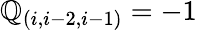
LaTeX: {\cal\mathbb{Q}}_{(i,i-2,i-1)}=-1